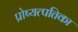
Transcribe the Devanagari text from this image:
प्रोष्यत्पतिका